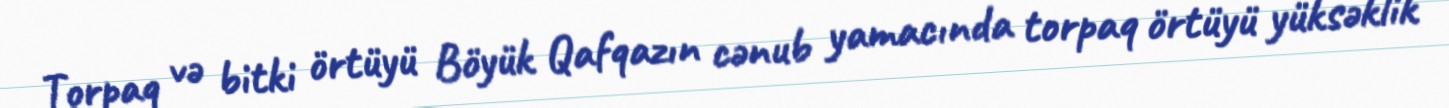
Torpaq və bitki örtüyü Böyük Qafqazın cənub yamacında torpaq örtüyü yüksəklik